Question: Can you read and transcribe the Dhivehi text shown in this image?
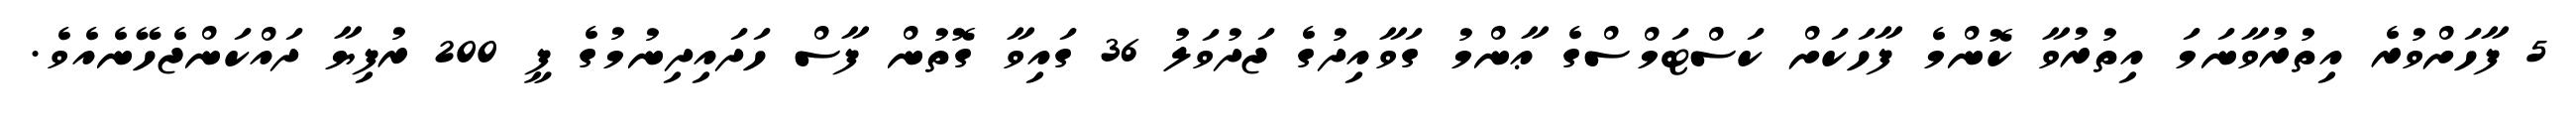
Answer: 5 ފާހަށްވުރެ އިތުރުވާނަމަ އިތުރުވާ ކޮންމެ ފާހަކަށް ކަސްޓަމްސްގެ ޢާންމު ގަވާއިދުގެ ޖަދުވަލު 36 ގައިވާ ގޮތުން ފާސް ހަދައިދިނުމުގެ ފީ 200 ރުފިޔާ ދައްކަންޖެހޭނެއެވެ.